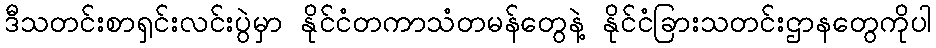
ဒီသတင်းစာရှင်းလင်းပွဲမှာ နိုင်ငံတကာသံတမန်တွေနဲ့ နိုင်ငံခြားသတင်းဌာနတွေကိုပါ